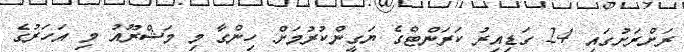
ރަށްރަށުގައި 24 ގަޑިއިރު ކަރަންޓްގެ ޔަގީންކުރުމަށް ހިންގާ މި މަޝްރޫއު މި އަހަރުގެ